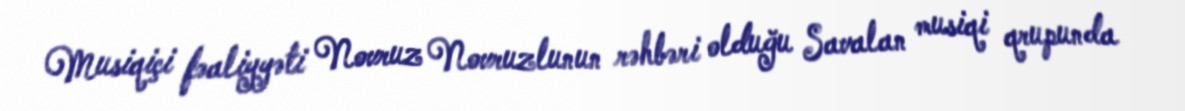
Musiqiçi fəaliyyəti Novruz Novruzlunun rəhbəri olduğu Savalan musiqi qrupunda